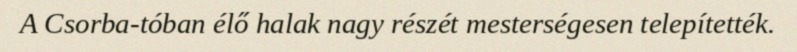
A Csorba-tóban élő halak nagy részét mesterségesen telepítették.